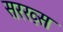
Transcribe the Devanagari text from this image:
सरख़्स